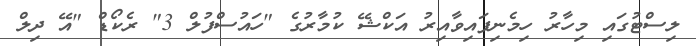
ލިސްޓުގައި މިހާރު ހިމެނިފައިވާއިރު އަކްޝޭ ކުމާރުގެ "ހައުސްފުލް 3" ރެކޯޑް "އޭ ދިލް